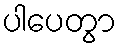
ပါပေတွာ